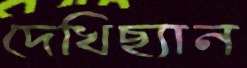
দেখিছ্যান